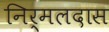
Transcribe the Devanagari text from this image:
निर्मलदास